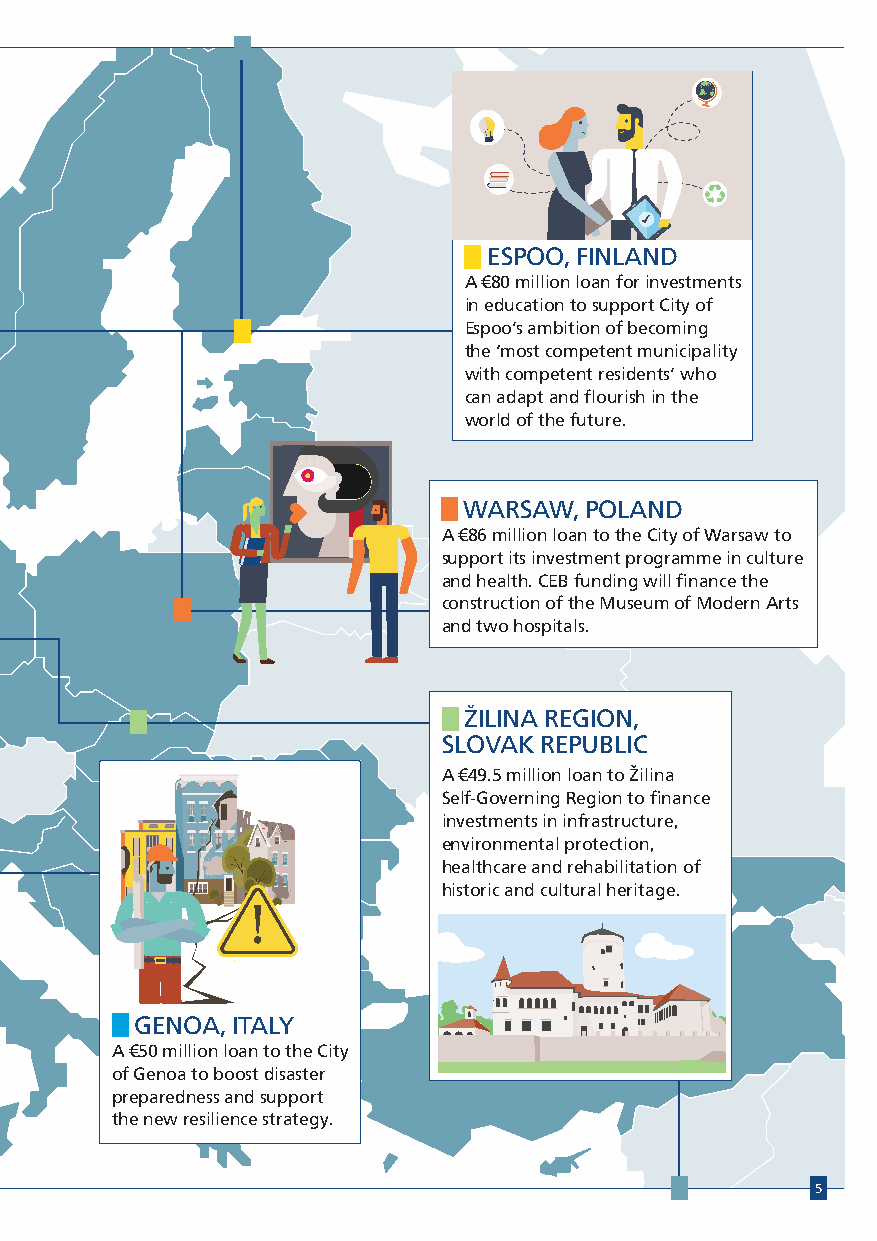
ESPOO, FINLAND
 A €80 million loan for investments
 in education to support City of
 Espoo’s ambition of becoming
 the ‘most competent municipality
 with competent residents’ who
 can adapt and flourish in the
 world of the future.
 WARSAW, POLAND
 A €86 million loan to the City of Warsaw to
 support its investment programme in culture
 and health. CEB funding will finance the
 construction of the Museum of Modern Arts
 and two hospitals.
 ŽILINA REGION,
 SLOVAK REPUBLIC
 A €49.5 million loan to Žilina
 Self-Governing Region to finance
 investments in infrastructure,
 environmental protection,
 healthcare and rehabilitation of
 historic and cultural heritage.
 GENOA, ITALY
 A €50 million loan to the City
 of Genoa to boost disaster
 preparedness and support
 the new resilience strategy.
 5